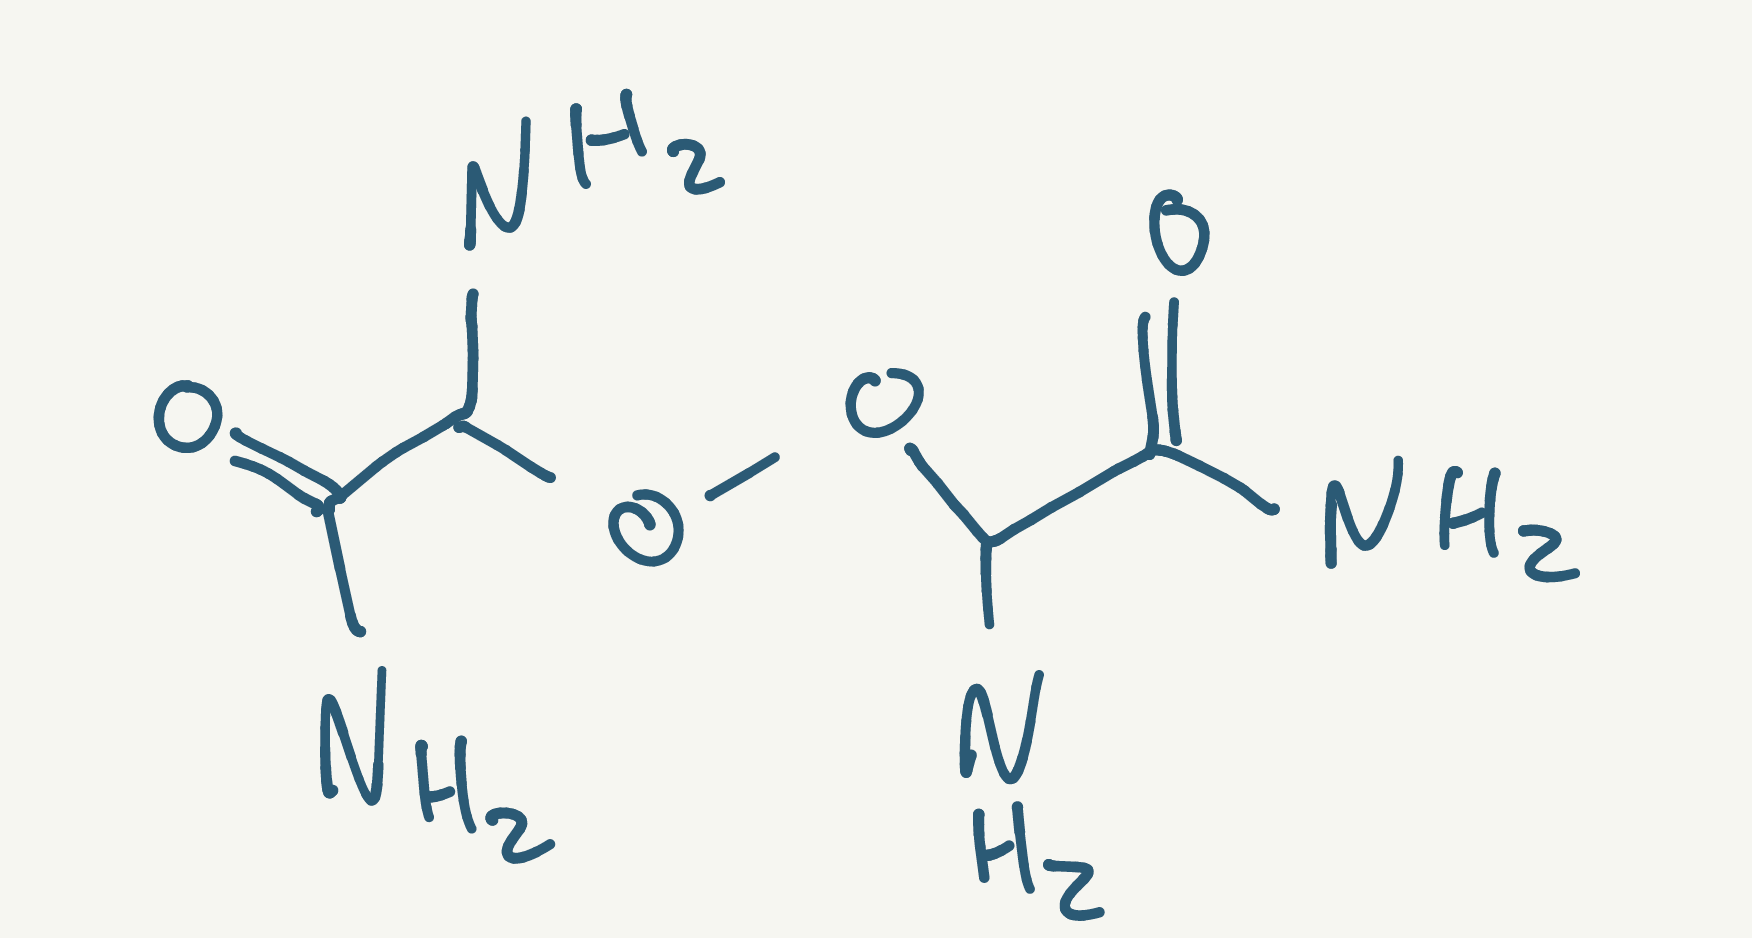
Simplified molecular-input line-entry system (SMILES) notation of the given molecule:
C(C(=O)N)(N)OOC(C(=O)N)N